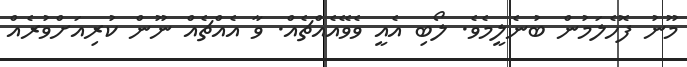
މޫނު ފޮހެލަމުން ބުނެލީމެވެ. ލޯބި އެއީ ވެވޭއެއްޗެއް. ވާ އެއްޗެއް ނޫން ކުރިއަށްވުރެއް